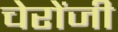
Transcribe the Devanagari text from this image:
चेरोंजी